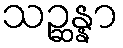
သဉ္ဆန္နာ